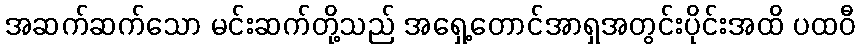
အဆက်ဆက်သော မင်းဆက်တို့သည် အရှေ့တောင်အာရှအတွင်းပိုင်းအထိ ပထဝီ